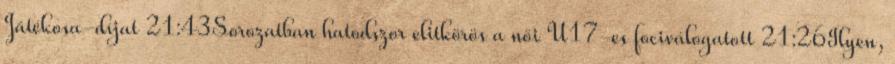
Játékosa-díjat 21:43Sorozatban hatodszor elitkörös a női U17-es fociválogatott 21:26Ilyen,